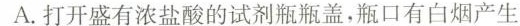
A.打开盛有浓盐酸的试剂瓶瓶盖，瓶口有白烟产生